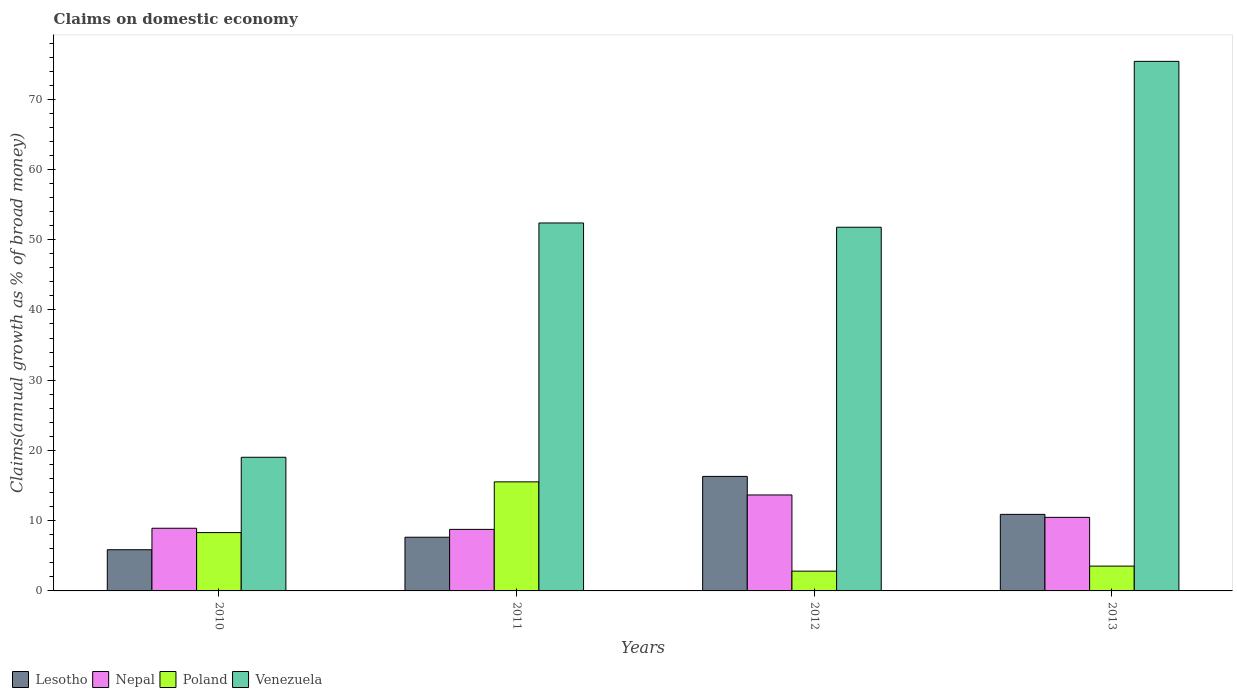
| Years | Lesotho | Nepal | Poland | Venezuela |
 | --- | --- | --- | --- | --- |
 | 2010 | 5.86 | 8.92 | 8.31 | 19 |
 | 2011 | 7.64 | 8.76 | 15.5 | 52.4 |
 | 2012 | 16.3 | 13.7 | 2.81 | 51.8 |
 | 2013 | 10.9 | 10.5 | 3.53 | 75.4 |